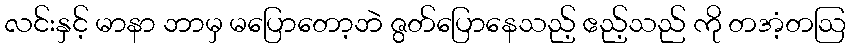
လင်းနှင့် မာနာ ဘာမှ မပြောတော့ဘဲ ဇွတ်ပြောနေသည့် ဧည့်သည် ကို တအံ့တဩ